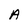
Character: A